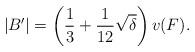
LaTeX: \begin{align*}\left|B' \right| = \left( {\frac{1}{3} + \frac{1}{12}\sqrt \delta } \right)v(F).\end{align*}